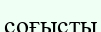
соғысты